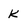
Character: K